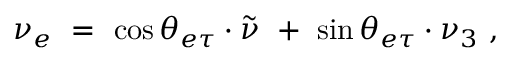
\nu _ { e } ~ = ~ \cos \theta _ { e \tau } \cdot \tilde { \nu } ~ + ~ \sin \theta _ { e \tau } \cdot \nu _ { 3 } ~ ,